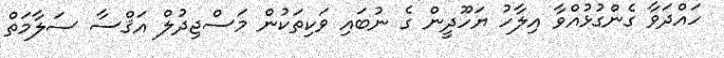
ހައްދަވާ ގެންގުޅުއްވާ އިލާހު ޔަހޫދީން ގެ ނުބައި ވަކިތަކުން މަސްޖިދުލް އަޤްސާ ސަލާމަތް